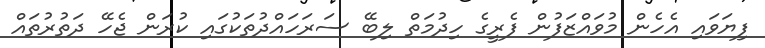
ފިޔަވައި އެހެން މުވައްޒަފުން ފެރީގެ ހިދުމަތް ލިބޭ ސަރަހައްދުތަކުގައި ކުރަން ޖެހޭ ދަތުރުތައް